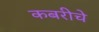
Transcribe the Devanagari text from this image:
कबरीचे